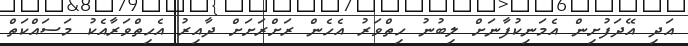
އަދި އޭދަފުށިން އެމަނިކުފާނަށް ލިބުނު ހިތްވަރު އެހެން ރަށްރަށަށް ދާއިރު އެހިތްވަރާއެކު މަސައްކަތް